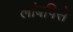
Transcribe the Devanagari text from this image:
लांबपिसे